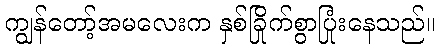
ကျွန်တော့်အမလေးက နှစ်ခြိုက်စွာပြုံးနေသည်။